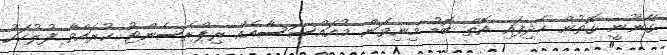
ގާނޫނީ ގޮތުން ހެދިފައި އޮތް ބޮޑު މިނިވަން މުއައްސަސާއެއް ރިޕްރެސެންޓު ކުރައްވާ ފުލުހަކު